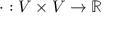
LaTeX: \cdot : V \times V \rightarrow \mathbb { R }